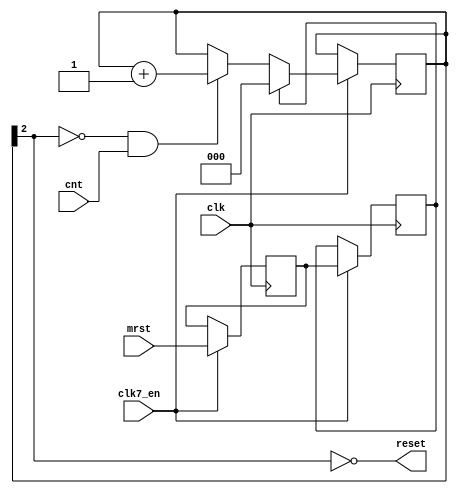
// This program was cloned from: https://github.com/rkrajnc/minimig-mist
// License: GNU General Public License v3.0

//syscontrol handles the startup of the FGPA,
//after fpga config, it automatically does a global system reset and asserts boot.
//the boot signal puts gary in a special mode so that the bootrom
//is mapped into the system memory map.	The firmware in the bootrom
//then loads the kickstart via the diskcontroller into the kickstart ram area.
//When kickstart has been loaded, the bootrom asserts bootdone by selecting both cia's at once. 
//This resets the system for a second time but it also de-asserts boot.
//Thus, the system now boots as a regular amiga.
//Subsequent resets by asserting mrst will not assert boot again.
//
// JB:
// 2008-07-11	- reset to bootloader
// 2009-03-13	- shorter reset
// 2009-08-17	- reset generator modification


module minimig_syscontrol
(
	input	clk,			//bus clock
  input clk7_en,
	input	cnt,			//pulses for counting
	input	mrst,			//master/user reset input
	output	reset			//global synchronous system reset
);

//local signals
reg		smrst0, smrst1;					//registered input
reg		[2:0] rst_cnt = 0;		//reset timer SHOULD BE CLEARED BY CONFIG
wire	_rst;					//local reset signal

//asynchronous mrst input synchronizer
always @(posedge clk) begin
  if (clk7_en) begin
    smrst0 <= mrst;
  	smrst1 <= smrst0;
  end
end

//reset timer and mrst control
always @(posedge clk) begin
  if (clk7_en) begin
  	if (smrst1)
  		rst_cnt <= 3'd0;
  	else if (!_rst && cnt)
  		rst_cnt <= rst_cnt + 3'd1;
  end
end

assign _rst = rst_cnt[2];

//global reset output
assign reset = ~_rst;


endmodule